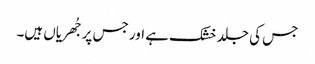
جس کی جلد خشک ہے اور جس پر جُھریاں ہیں۔